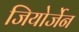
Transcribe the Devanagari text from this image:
जियोर्जेन